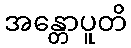
အန္တောပူတိ